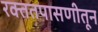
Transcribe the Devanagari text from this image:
रक्ततपासणीतून